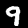
Digit: 9